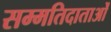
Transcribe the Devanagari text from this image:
सम्मतिदाताओं